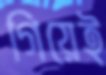
গিয়েই